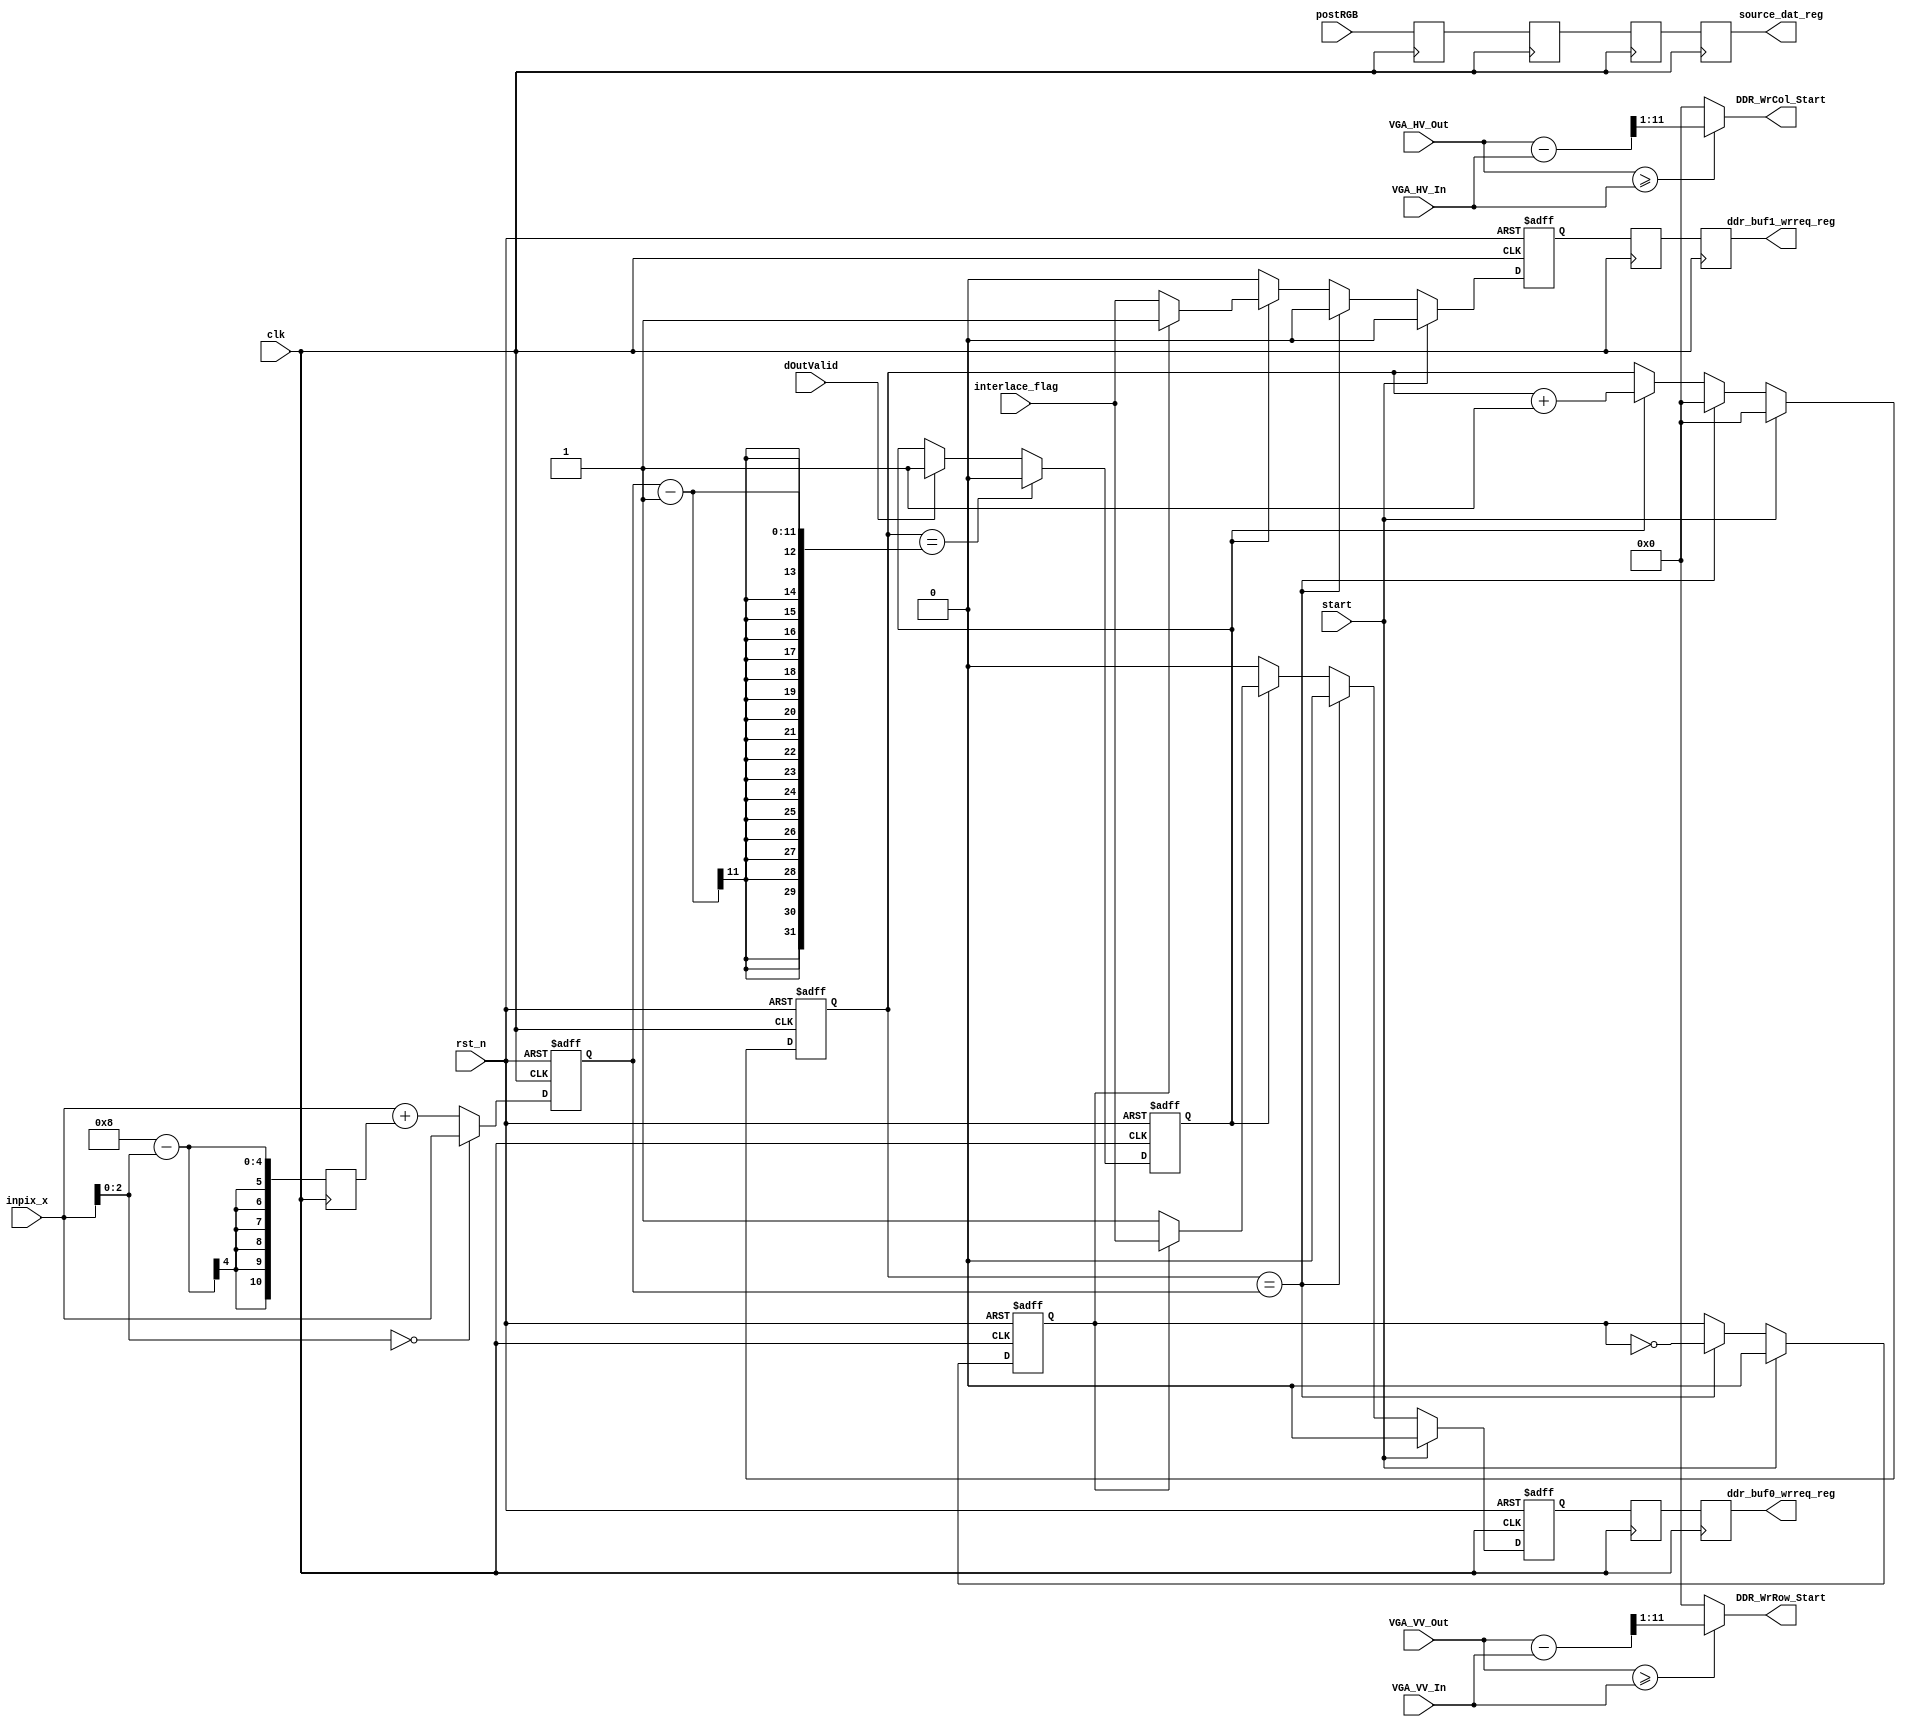
module scaler_to_ddr(
	input             clk,
	input             rst_n,
	input             dOutValid,           //缩放后的像素数据有效信号
	input             start,               //缩放模块复位信号，一帧复位一次
	input             interlace_flag,      //开启隔行
	input      [23:0] postRGB,             //缩放后的像素数据
	
	input      [10:0] inpix_x,             //写入到DDR的视频流一行的像素点数目
	input      [11:0] VGA_HV_In,
	input      [11:0] VGA_VV_In,
	input      [11:0] VGA_HV_Out,
	input      [11:0] VGA_VV_Out,

	output reg [10:0] DDR_WrRow_Start,     //ddr写入行起始地址
	output reg [10:0] DDR_WrCol_Start,     //ddr写入列起始地址
	output reg        ddr_buf0_wrreq_reg,  //双缓存 FIFO0 写请求
	output reg        ddr_buf1_wrreq_reg,  //双缓存 FIFO1 写请求
	output reg [23:0] source_dat_reg       //写ddr数据
);

always@(*)
begin
	if(VGA_VV_Out >= VGA_VV_In)
		DDR_WrRow_Start = (VGA_VV_Out - VGA_VV_In) >> 1;
	else 
		DDR_WrRow_Start = 0;
end
always@(*)
begin
	if(VGA_HV_Out >= VGA_HV_In)
		DDR_WrCol_Start = (VGA_HV_Out - VGA_HV_In) >> 1;
	else 
		DDR_WrCol_Start = 0;
end

//-------------------------------------------------------------
// 保证写入DDR写缓存FIFO的数据能够被8整除
// 当inpix_x能被8整除时,inpix_x_pixed = inpix_x
// 当inpix_x不能被8整除时,inpix_x_pixed = inpix_x + (8 - inpix_x[2:0])
//-------------------------------------------------------------
reg [10:0] inpix_x_reg;
always@(posedge clk)
begin
	inpix_x_reg <= 8 - inpix_x[2:0];
end

reg [10:0] inpix_x_fixed;
always@(posedge clk or negedge rst_n)
begin
	if(!rst_n) begin
		inpix_x_fixed <= 11'd0;
	end
	else if(inpix_x[2:0] == 3'b000) begin
		inpix_x_fixed <= inpix_x;
	end
	else begin
		inpix_x_fixed <= inpix_x + inpix_x_reg;
	end
end

reg [23:0] postRGB_reg;
always@(posedge clk)
begin
	postRGB_reg <= postRGB;
end

reg dOutValid_fixed;
always@(posedge clk or negedge rst_n)
begin
	if(!rst_n) begin
		dOutValid_fixed <= 1'd0;
	end
	else if(RGB_cnt == inpix_x_fixed - 1) begin
		dOutValid_fixed <= 1'd0;
	end
	else if(dOutValid) begin
		dOutValid_fixed <= 1'd1;
	end
end

//-------------------------------------------------------------
// 双缓存FIFO乒乓写切换
//-------------------------------------------------------------
reg [10:0] RGB_cnt;
reg dOutValid_flag;
always@(posedge clk or negedge rst_n)
begin
	if(!rst_n) begin
		RGB_cnt <= 11'd0;
		dOutValid_flag <=1'd0;
	end
	else if(start) begin
		RGB_cnt <= 11'd0;
		dOutValid_flag <=1'd0;
	end
	else if(RGB_cnt == inpix_x_fixed) begin
		RGB_cnt <= 11'd0;
		dOutValid_flag <= ~dOutValid_flag;
	end
	else if(dOutValid_fixed) begin
		RGB_cnt <= RGB_cnt+11'd1;
	end
end

reg ddr_buf0_wrreq,ddr_buf1_wrreq;
always@(posedge clk or negedge rst_n)
begin
	if(!rst_n) begin
		ddr_buf0_wrreq <=1'd0;
		ddr_buf1_wrreq <=1'd0;
	end
	else if(start) begin
		ddr_buf0_wrreq <=1'd0;
		ddr_buf1_wrreq <=1'd0;
	end
	else if(RGB_cnt == inpix_x_fixed) begin
		ddr_buf0_wrreq <=1'd0;
		ddr_buf1_wrreq <=1'd0;
	end
	else if(dOutValid_fixed) begin
		if(!dOutValid_flag) begin
			ddr_buf0_wrreq <=1'd1 | interlace_flag;
			ddr_buf1_wrreq <=1'd0 | interlace_flag;
		end
		else begin
			ddr_buf0_wrreq <=1'd0 | interlace_flag;
			ddr_buf1_wrreq <=1'd1 | interlace_flag;
		end
	end
	else begin
		ddr_buf0_wrreq <=1'd0;
		ddr_buf1_wrreq <=1'd0;
	end
end

reg [23:0] source_dat_reg_0,source_dat;
reg        ddr_buf0_wrreq_reg_0,ddr_buf1_wrreq_reg_0;
//pipeline
always@(posedge clk)
begin
	source_dat <= postRGB_reg;

	source_dat_reg_0 <= source_dat;
	ddr_buf0_wrreq_reg_0 <= ddr_buf0_wrreq;
	ddr_buf1_wrreq_reg_0 <= ddr_buf1_wrreq;

	source_dat_reg <= source_dat_reg_0;
	ddr_buf0_wrreq_reg <= ddr_buf0_wrreq_reg_0;
	ddr_buf1_wrreq_reg <= ddr_buf1_wrreq_reg_0;
end

(* KEEP = "TRUE" *)reg [10:0] pix_cnt;
	always@(posedge clk)
	begin
		if(!rst_n) begin
			pix_cnt <= 0;
		end
		else if(dOutValid) begin
			pix_cnt <= pix_cnt + 1;
		end
		else begin
			pix_cnt <= 0;
		end
	end

/* ila_0 ila_0_inst (
		.clk(clk), // input wire clk

		.probe0(6'd0), // input wire [5:0]  probe0  
		.probe1(dOutValid), // input wire [0:0]  probe1 
		.probe2(dOutValid_fixed), // input wire [0:0]  probe2 
		.probe3(start), // input wire [0:0]  probe3 
		.probe4({pix_cnt,inpix_x_fixed,ddr_buf0_wrreq,ddr_buf1_wrreq}), // input wire [23:0]  probe4 
		.probe5(1'd0), // input wire [0:0]  probe5 
		.probe6(8'd0), // input wire [7:0]  probe6
		.probe7(8'd0), // input wire [7:0]  probe7 
		.probe8(8'd0), // input wire [7:0]  probe8
		.probe9(8'd0), // input wire [7:0]  probe9
		.probe10({RGB_cnt,13'd0}) // input wire [23:0]  probe10
	); */

//reg [23:0] ram [outpix_x-1:0];

/* always@(posedge clk or negedge rst_n)
begin
	if(rst_n) begin
	
	end
	else if(RGB_cnt == outpix_x) begin
		RGB_cnt <= 11'd0;
		dOutValid_flag <= ~dOutValid_flag;
		ddr_buf0_wrreq <=1'd0;
		ddr_buf1_wrreq <=1'd0;
	end
end */

/* wire [23:0] q_RGB = (dOutValid)?ram[RGB_cnt]:24'd0;
always@(posedge clk)
begin
	if(dOutValid) begin
		ram[RGB_cnt] <= postRGB;
	end
end */

endmodule